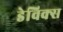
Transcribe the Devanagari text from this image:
डेविक्स